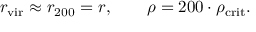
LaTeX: r _ { \mathrm { v i r } } \approx r _ { 2 0 0 } = r , \qquad \rho = 2 0 0 \cdot \rho _ { \mathrm { c r i t } } .